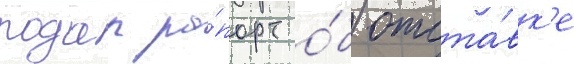
подал ра́порт о́б отста́вк'е